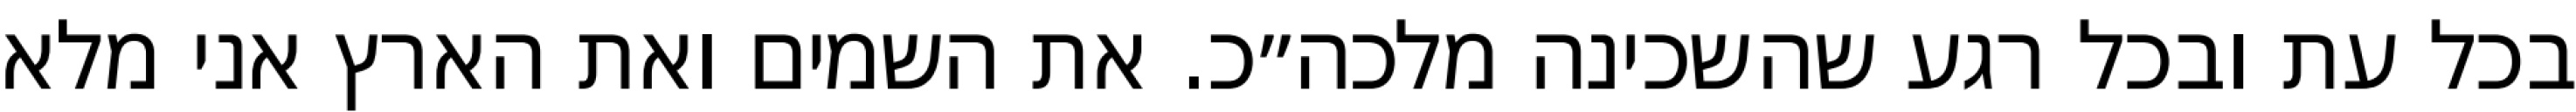
בכל עת ובכל רגע שהשכינה מלכה״כ. את השמים ואת הארץ אני מלא